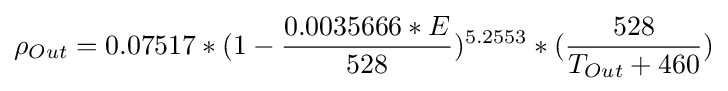
\rho _{Out}=0.07517*(1-{0.0035666*E \over 528})^{5.2553}*({528 \over T_{Out}+460})\,\!